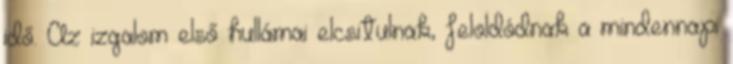
idő. Az izgalom első hullámai elcsitulnak, feloldódnak a mindennapi